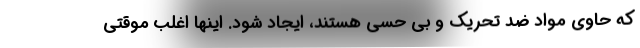
که حاوی مواد ضد تحریک و بی حسی هستند، ایجاد شود. اینها اغلب موقتی